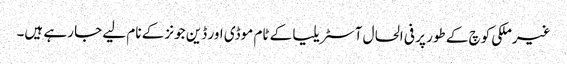
غیرملکی کوچ کے طور پر فی الحال آسٹریلیا کے ٹام موڈی اور ڈین جونز کے نام لیے جا رہے ہیں۔